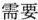
需要